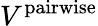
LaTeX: V^{\mathrm{pairwise}}